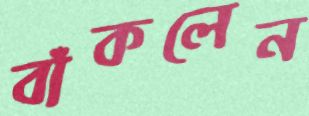
বাঁকলেন